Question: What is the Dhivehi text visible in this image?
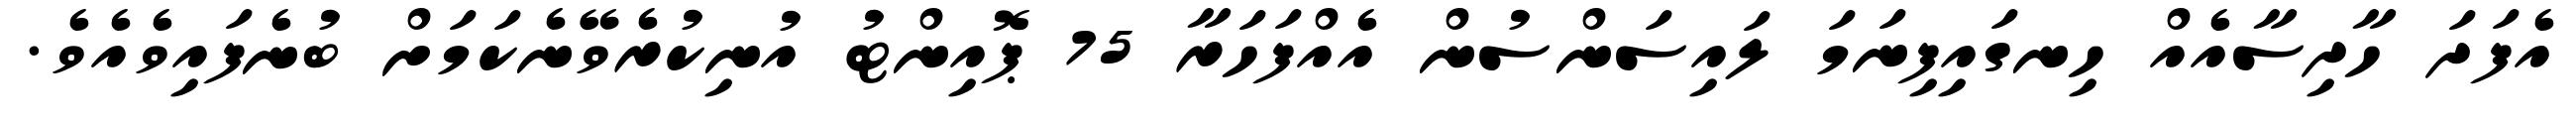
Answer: އެފަދަ ހާދިސާއެއް ހިނގައިފިނަމަ ލައިސަންސުން އެއްފަހަރާ 75 ޕޮއިންޓު އުނިކުރެވޭނެކަމަށް ބުނެފައިވެއެވެ.